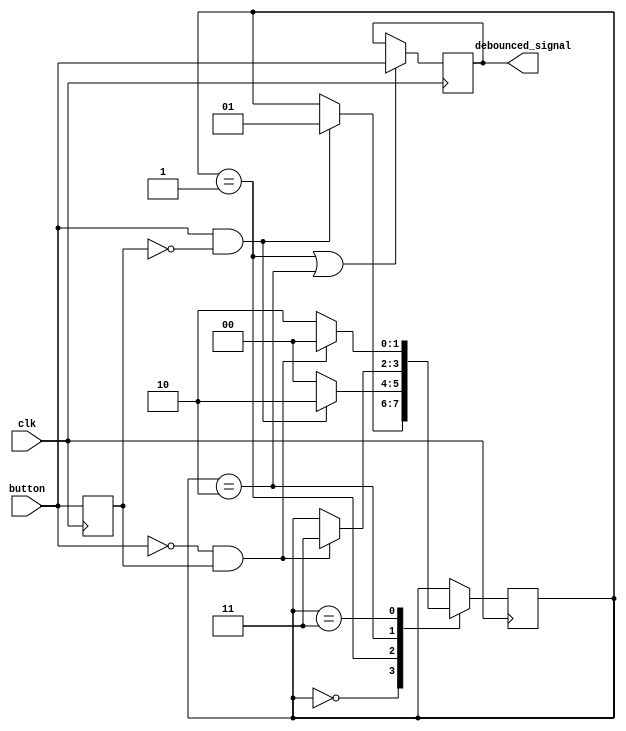
module debounce_circuit (
    input wire clk,
    input wire button,
    output reg debounced_signal
);

reg [1:0] state;
reg prev_button;

parameter DEBOUNCE_CYCLES = 3;

always @(posedge clk) begin
    prev_button <= button;
    case (state)
        2'b00: begin
            if (button && !prev_button) begin
                state <= 2'b01;
            end
        end
        2'b01: begin
            if (button && !prev_button) begin
                state <= 2'b10;
            end else begin
                state <= 2'b00;
            end
        end
        2'b10: begin
            if (!button && prev_button) begin
                state <= 2'b11;
            end
        end
        2'b11: begin
            if (!button && prev_button) begin
                state <= 2'b00;
            end else begin
                state <= 2'b10;
            end
        end
    endcase
end

always @(posedge clk) begin
    if (state == 2'b01 || state == 2'b10) begin
        debounced_signal <= button;
    end
end

endmodule